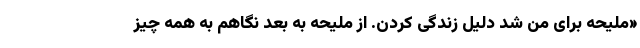
«ملیحه برای من شد دلیل زندگی کردن. از ملیحه به بعد نگاهم به همه چیز